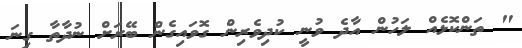
" ތަންކޮޅެއް ލަހުން އާދެ ވުނީ ކުދިވެރިން ގޮވައިގެން ބޭރަށް ނުދާތާ ގިނަ